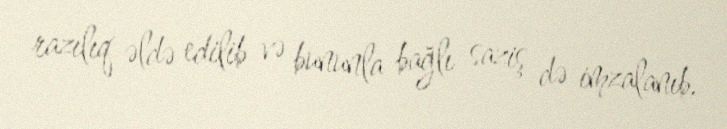
razılıq əldə edilib və bununla bağlı saziş də imzalanıb.